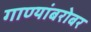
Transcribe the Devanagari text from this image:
गाण्यांबरोबर